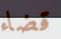
قضاء